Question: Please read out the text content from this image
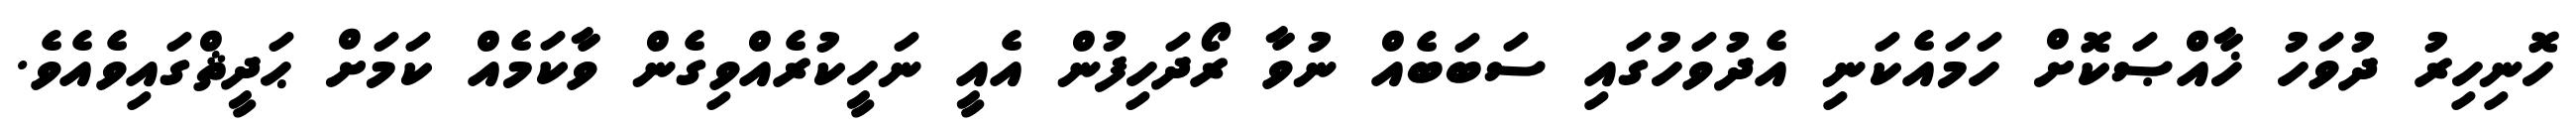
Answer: ހޮނިހިރު ދުވަހު ޚާއްޞަކޮށް ހަމައެކަނި އެދުވަހުގައި ސަބަބެއް ނުވާ ރޯދަހިފުން އެއީ ނަހީކުރެއްވިގެން ވާކަމެއް ކަމަށް ޙަދީޘްގައިވެއެވެ.